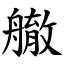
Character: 䒆